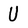
Character: U